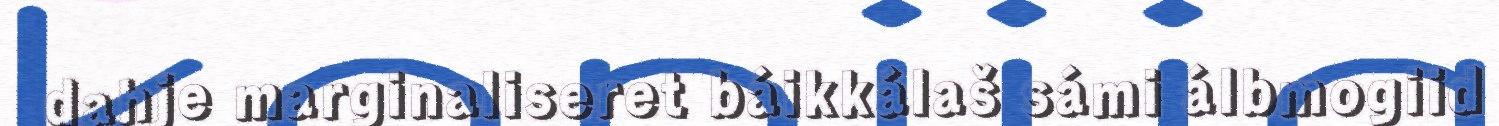
dahje marginaliseret báikkálaš sámi álbmogiid